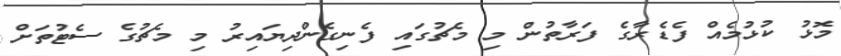
މޮޅު ކުޅުމެއް ފެޑެރާގެ ފަރާތުން މި މެޗުގައި ފެނިގެންދިޔައިރު މި މެޗުގެ ސެޓުތަށް